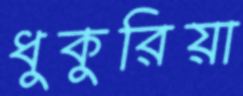
ধুকুরিয়া